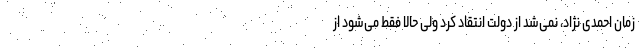
زمان احمدی نژاد، نمی‌شد از دولت انتقاد کرد ولی حالا فقط می‌شود از